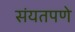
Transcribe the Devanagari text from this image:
संयतपणे